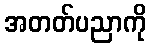
အတတ်ပညာကို